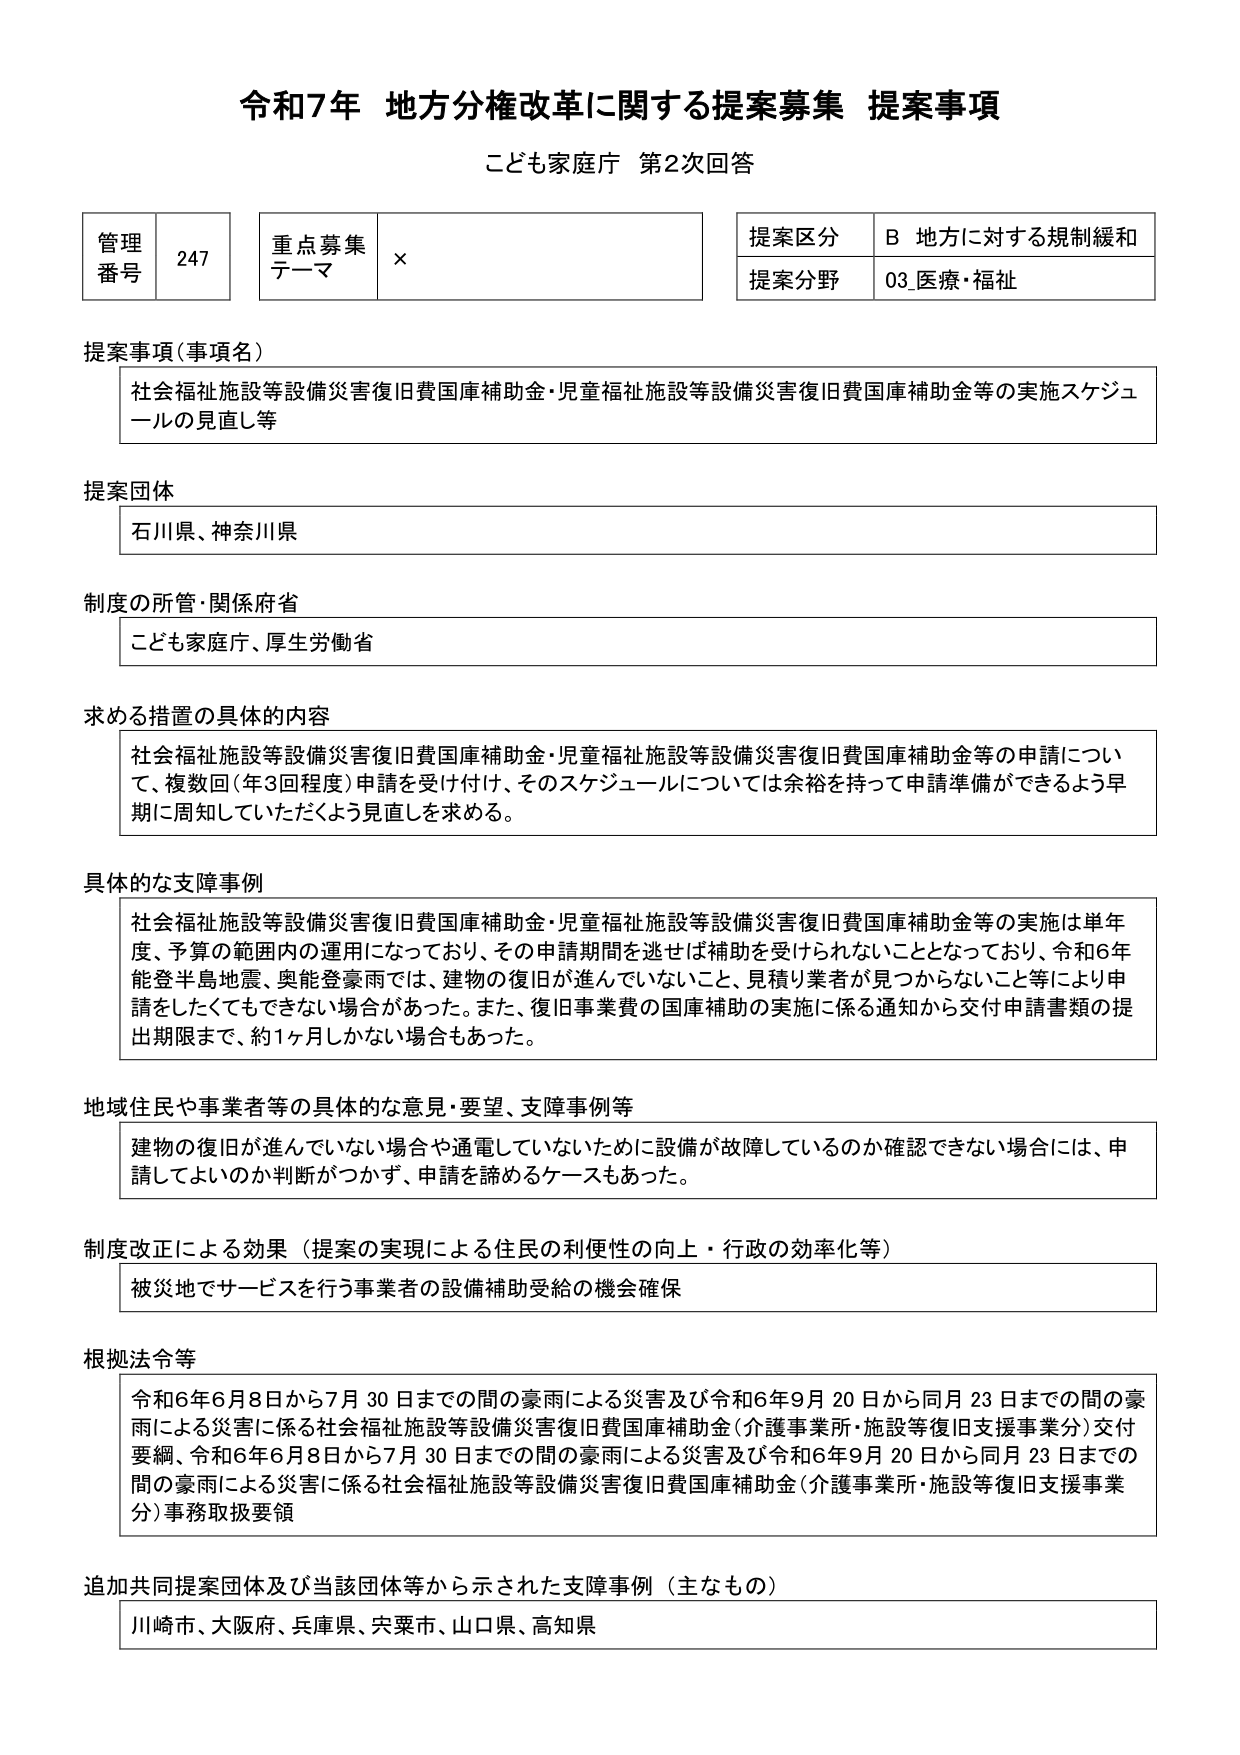
令和7年 地方分権改革に関する提案募集 提案事項
こども家庭庁 第2次回答

管理番号 247
重点募集テーマ ×
提案区分 B 地方に対する規制緩和
提案分野 03_医療・福祉

提案事項（事項名）
社会福祉施設等設備災害復旧費国庫補助金・児童福祉施設等設備災害復旧費国庫補助金等の実施スケジュールの見直し等

提案団体
石川県、神奈川県

制度の所管・関係府省
こども家庭庁、厚生労働省

求める措置の具体的内容
社会福祉施設等設備災害復旧費国庫補助金・児童福祉施設等設備災害復旧費国庫補助金等の申請について、複数回（年3回程度）申請を受け付け、そのスケジュールについては余裕を持って申請準備ができるよう早期に周知していただくよう見直しを求める。

具体的な支障事例
社会福祉施設等設備災害復旧費国庫補助金・児童福祉施設等設備災害復旧費国庫補助金等の実施は単年度、予算の範囲内の運用になっており、その申請期間を逃せば補助を受けられないこととなっており、令和6年能登半島地震、奥能登豪雨では、建物の復旧が進んでいないこと、見積り業者が見つからないこと等により申請をしたくてもできない場合があった。また、復旧事業費の国庫補助の実施に係る通知から交付申請書類の提出期限まで、約1ヶ月しかない場合もあった。

地域住民や事業者等の具体的な意見・要望、支障事例等
建物の復旧が進んでいない場合や通電していないために設備が故障しているのか確認できない場合には、申請してよいのか判断がつかず、申請を諦めるケースもあった。

制度改正による効果（提案の実現による住民の利便性の向上・行政の効率化等）
被災地でサービスを行う事業者の設備補助受給の機会確保

根拠法令等
令和6年6月8日から7月30日までの間の豪雨による災害及び令和6年9月20日から同月23日までの間の豪雨による災害に係る社会福祉施設等設備災害復旧費国庫補助金（介護事業所・施設等復旧支援事業分）交付要綱、令和6年6月8日から7月30日までの間の豪雨による災害及び令和6年9月20日から同月23日までの間の豪雨による災害に係る社会福祉施設等設備災害復旧費国庫補助金（介護事業所・施設等復旧支援事業分）事務取扱要領

追加共同提案団体及び当該団体等から示された支障事例（主なもの）
川崎市、大阪府、兵庫県、宍粟市、山口県、高知県